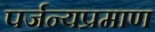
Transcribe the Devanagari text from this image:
पर्जन्यप्रमाण